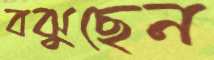
বঝুছেন